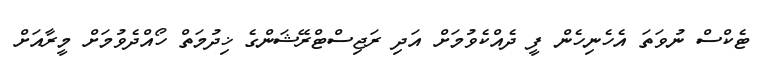
ޓެކްސް ނުވަތަ އެހެނިހެން ފީ ދެއްކެވުމަށް އަދި ރަޖިސްޓްރޭޝަންގެ ޚިދުމަތް ހޯއްދެވުމަށް މީރާއަށް